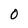
Character: 0